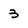
Character: 3